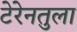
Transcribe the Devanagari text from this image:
टेरेनतुला